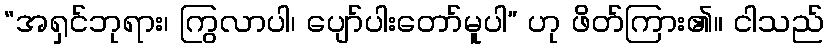
“အရှင်ဘုရား၊ ကြွလာပါ၊ ပျော်ပါးတော်မူပါ” ဟု ဖိတ်ကြား၏။ ငါသည်